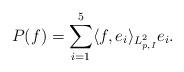
LaTeX: \begin{align*}P(f)= \sum_{i=1}^5\langle f,e_{i} \rangle_{L^2_{p,I}} e_{i}.\end{align*}